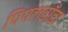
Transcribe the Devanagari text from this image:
पिपलडाँडा